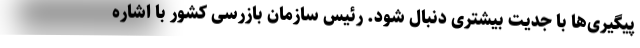
پیگیری‌ها با جدیت بیشتری دنبال شود. رئیس سازمان بازرسی کشور با اشاره